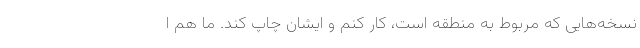
نسخه‌هایی که مربوط به منطقه است، کار کنم و ایشان چاپ کند. ما هم ا